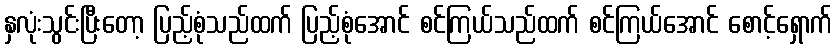
နှလုံးသွင်းပြီးတော့ ပြည့်စုံသည်ထက် ပြည့်စုံအောင် စင်ကြယ်သည်ထက် စင်ကြယ်အောင် စောင့်ရှောက်